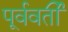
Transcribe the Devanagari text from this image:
पूर्ववर्तीं